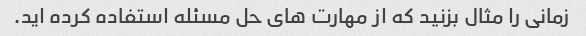
زمانی را مثال بزنید که از مهارت های حل مسئله استفاده کرده اید.